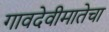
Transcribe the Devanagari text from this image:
गावदेवीमातेचा